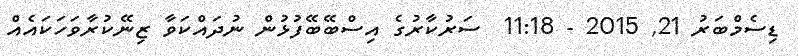
ޑިސެމްބަރު 21